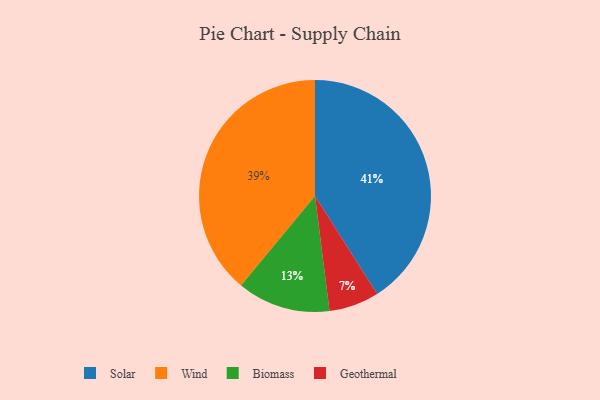
{"axis": {"x": "Category", "y": "Percentage"}, "legend": ["Biomass", "Geothermal", "Solar", "Wind"], "data": [{"x": "Solar", "y": 41, "type": "Solar"}, {"x": "Wind", "y": 39, "type": "Wind"}, {"x": "Geothermal", "y": 7, "type": "Geothermal"}, {"x": "Biomass", "y": 13, "type": "Biomass"}]}